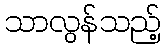
သာလွန်သည့်